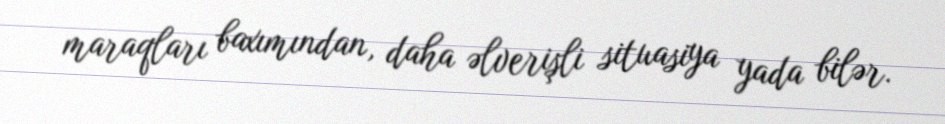
maraqları baxımından, daha əlverişli situasiya yada bilər.